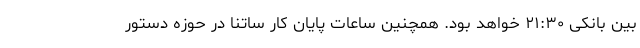
بین بانکی ۲۱:۳۰ خواهد بود. همچنین ساعات پایان کار ساتنا در حوزه دستور